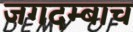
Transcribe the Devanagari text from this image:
जगदम्बाच